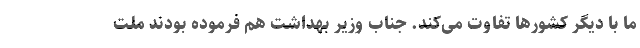
ما با دیگر کشورها تفاوت می‌کند. جناب وزیر بهداشت هم فرموده بودند ملت